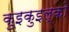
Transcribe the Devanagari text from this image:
कुइकुइल्को